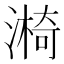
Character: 𣾐